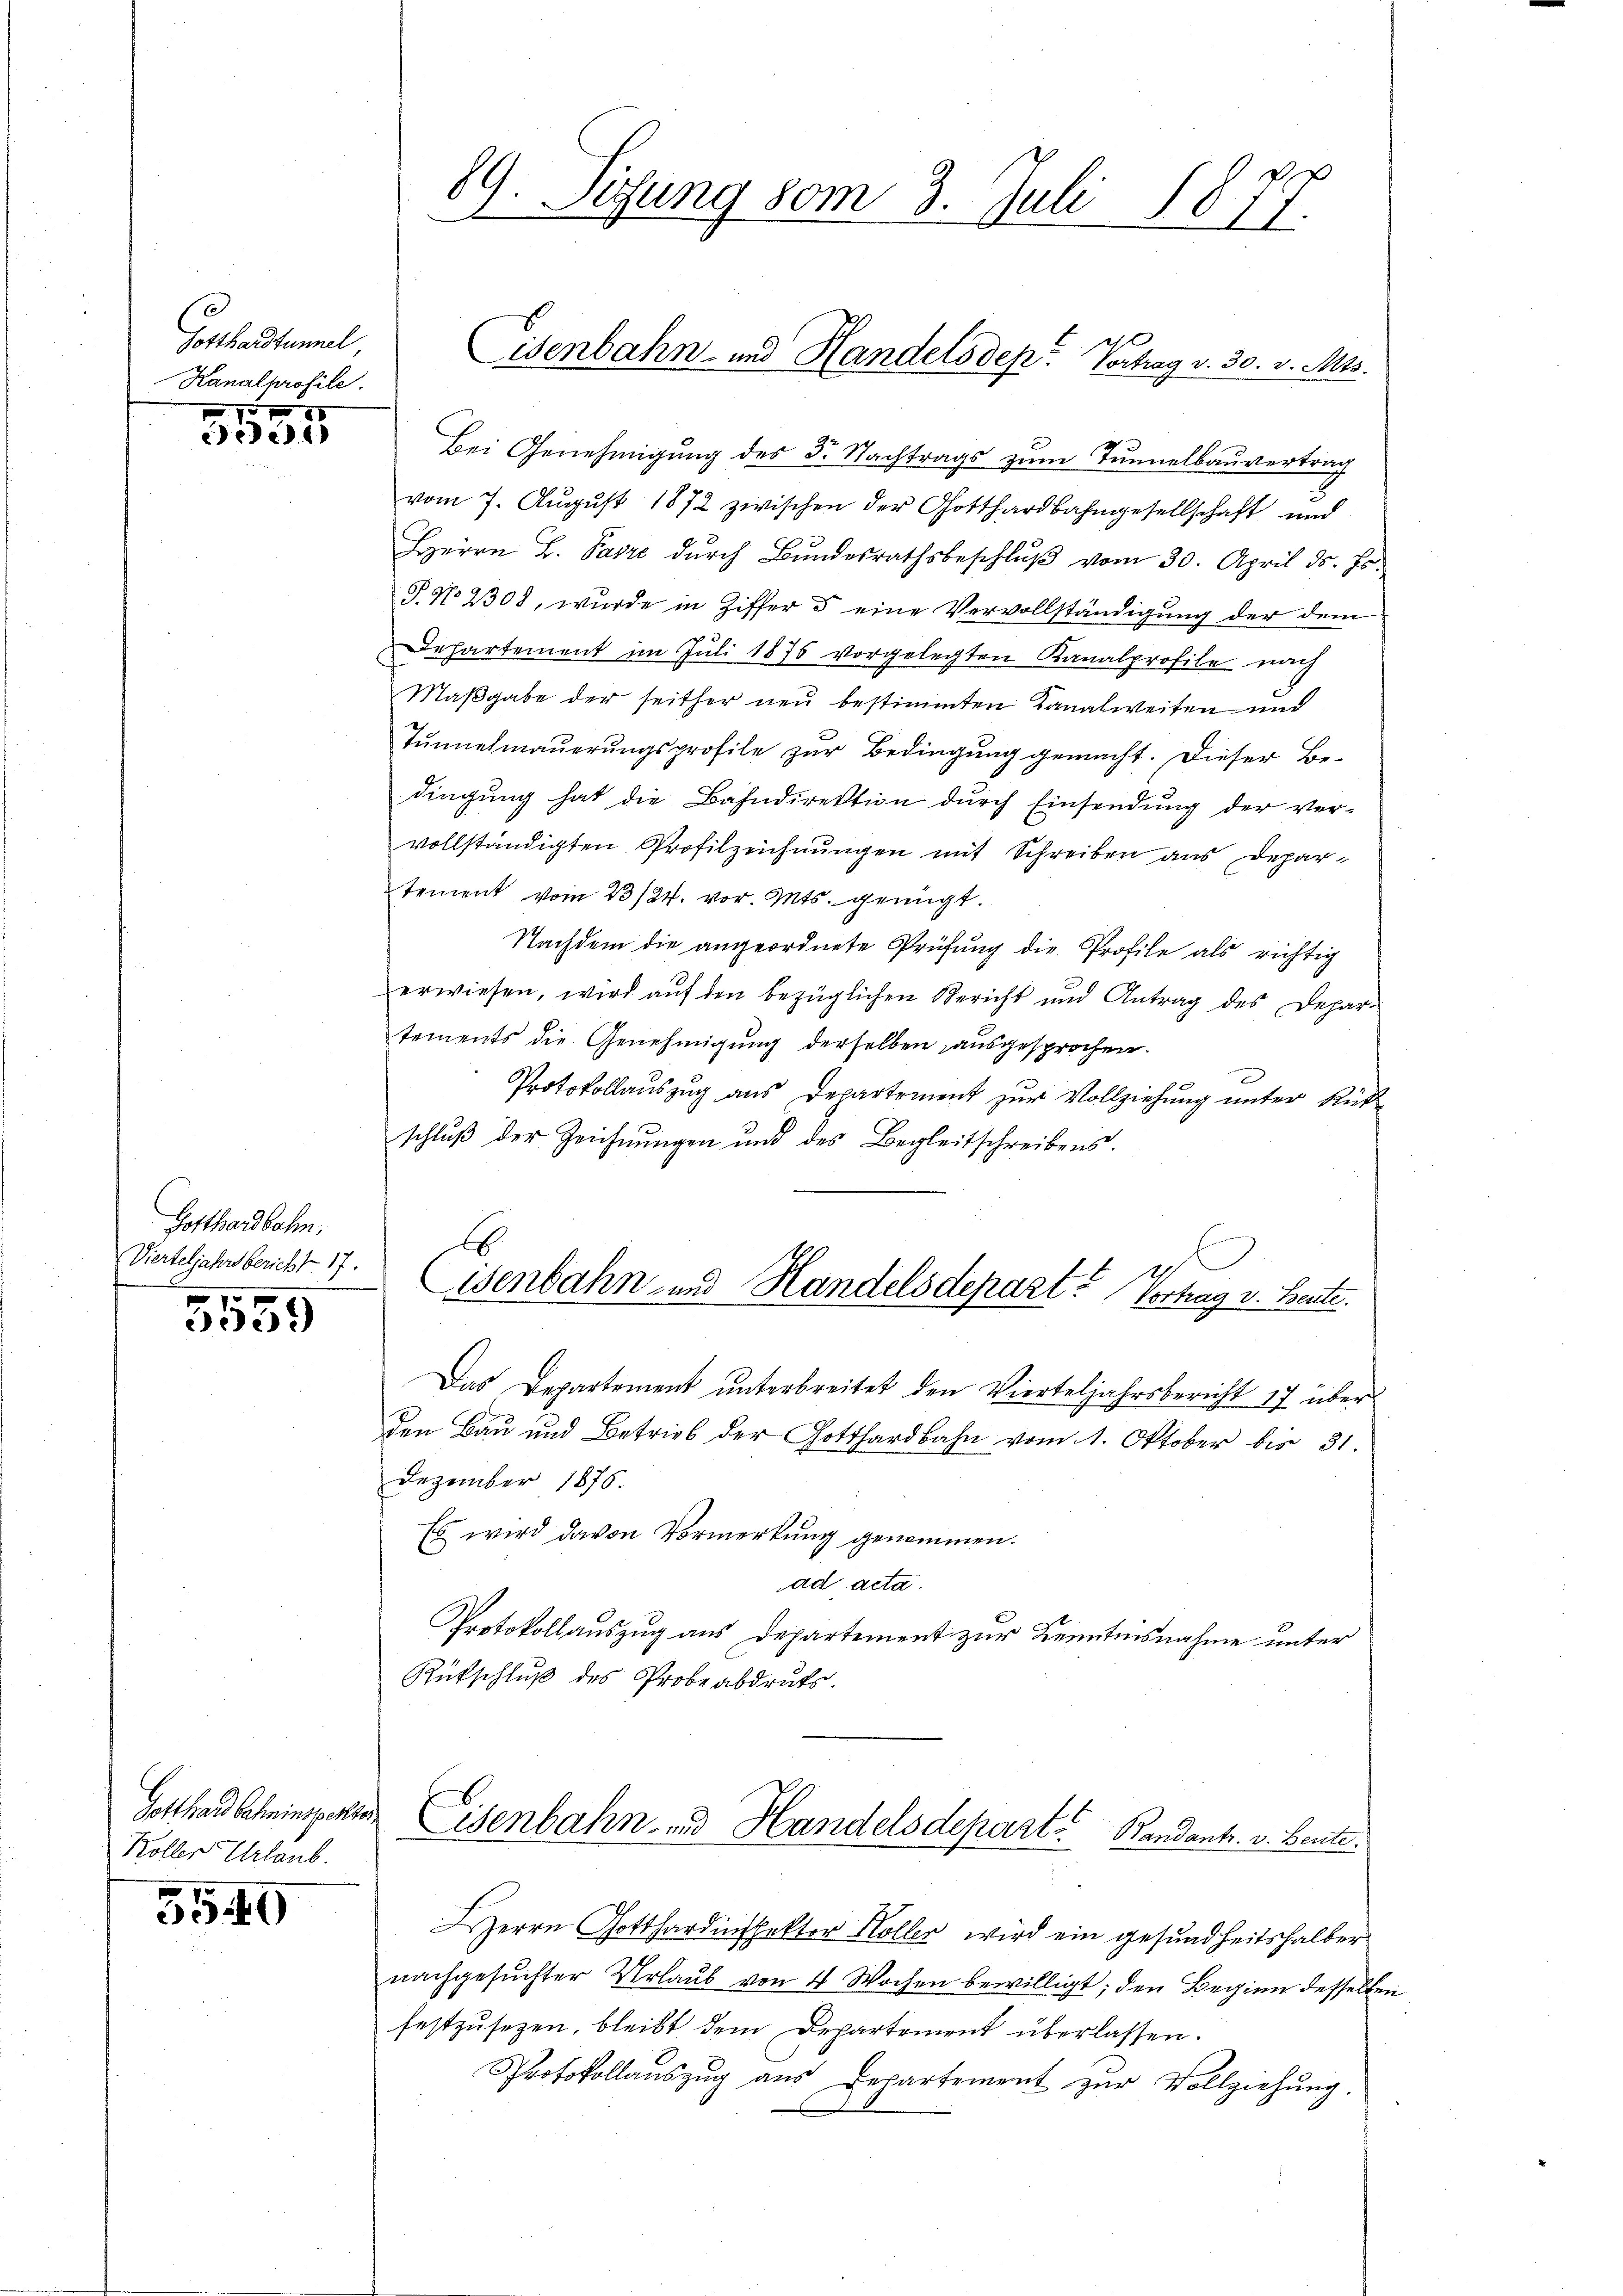
3
Gotthardtunnel
Kanalprofile.
1 xx

eed. 1

Gotthardbahn,
Vierteljahrsbericht 17.

5559

Gotthard Salinspekto
Koller Urlaub.

3540

89 Sizung vom 3. Juli 1877.
¬

Bei Genehmigung des 5. Nachtrags zum Tunnelbauvertrag
vom 7. August 1872 zwischen der Gotthardbahngesellschaft und
Herrn B. Parze dŭrch Bŭndesrathsbeschlŭβ vom 30. April ds. Js.
P. No 2308, wurde in Ziffer 5 eine Vervollständigung der dem
Dehartement im Juli 1876 vorgelegten Kanalprofile nach
Maβgabe der seither neu bestimmten Kanalweiten und
Tŭnnelmaŭerŭngsprofile zŭr Bedingung gemacht. Dieser Be-
dingung hat die Bahndirektion durch Einsendung der vervollständigten Profilzeichnungen mit Schreiben aus Departement vom 23/24. vor. Mts. genügt.
Nachdem die angeordnete Prüfung die Profile als richtig
erwiesen, wird aŭf den bezüglichen Bericht und Antrag des Depar-
tements die Genehmigung derselben ausgesprochen.
Protokollauszug aus Departement zur Vollziehung unter Rück
schluß der Zeichnungen und des Begleitschreibens.
A
isenbahn und Handelsdepart. Vortrag v. Beute.
Das Departement ŭnterbreitet den Vierteljahrsbericht 17 über
den Bau und Betrieb der Gotthardbahn vom 1. Oktober bis 31.
Dezember 1876.
Es wird davon Vormerkung genommen.
ad acta.
Protokollauszug aus Departement zur Kenntnisnahme unter
Rückschluß des Probeabdruks.
Eisenbahn- und Handelsdepart. Bandant. v. Bente
Herrn Gotthardinspektor Holler wird ein gesundheitshalber
nachgesuchter Urlaub von 4 Wochen bewilligt; den Beginn desselbe
festzŭsetzen, bleibt dem Departement überlassen.
Protokollaŭszŭg aŭs Departement zŭr Vollziehŭng.

Eisenbahn- und Handelsdep. Vortrag v. 30. v. Mts.